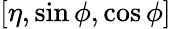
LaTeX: [\eta,\sin{\phi},\cos{\phi}]